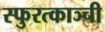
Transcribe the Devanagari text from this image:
स्फुरत्काञ्ची